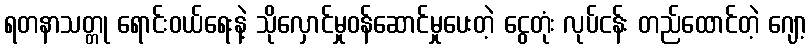
ရတနာသတ္တု ရောင်းဝယ်ရေးနဲ့ သိုလှောင်မှုဝန်ဆောင်မှုပေးတဲ့ ငွေတုံး လုပ်ငန်း တည်ထောင်တဲ့ ဂျော့